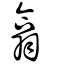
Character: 翕